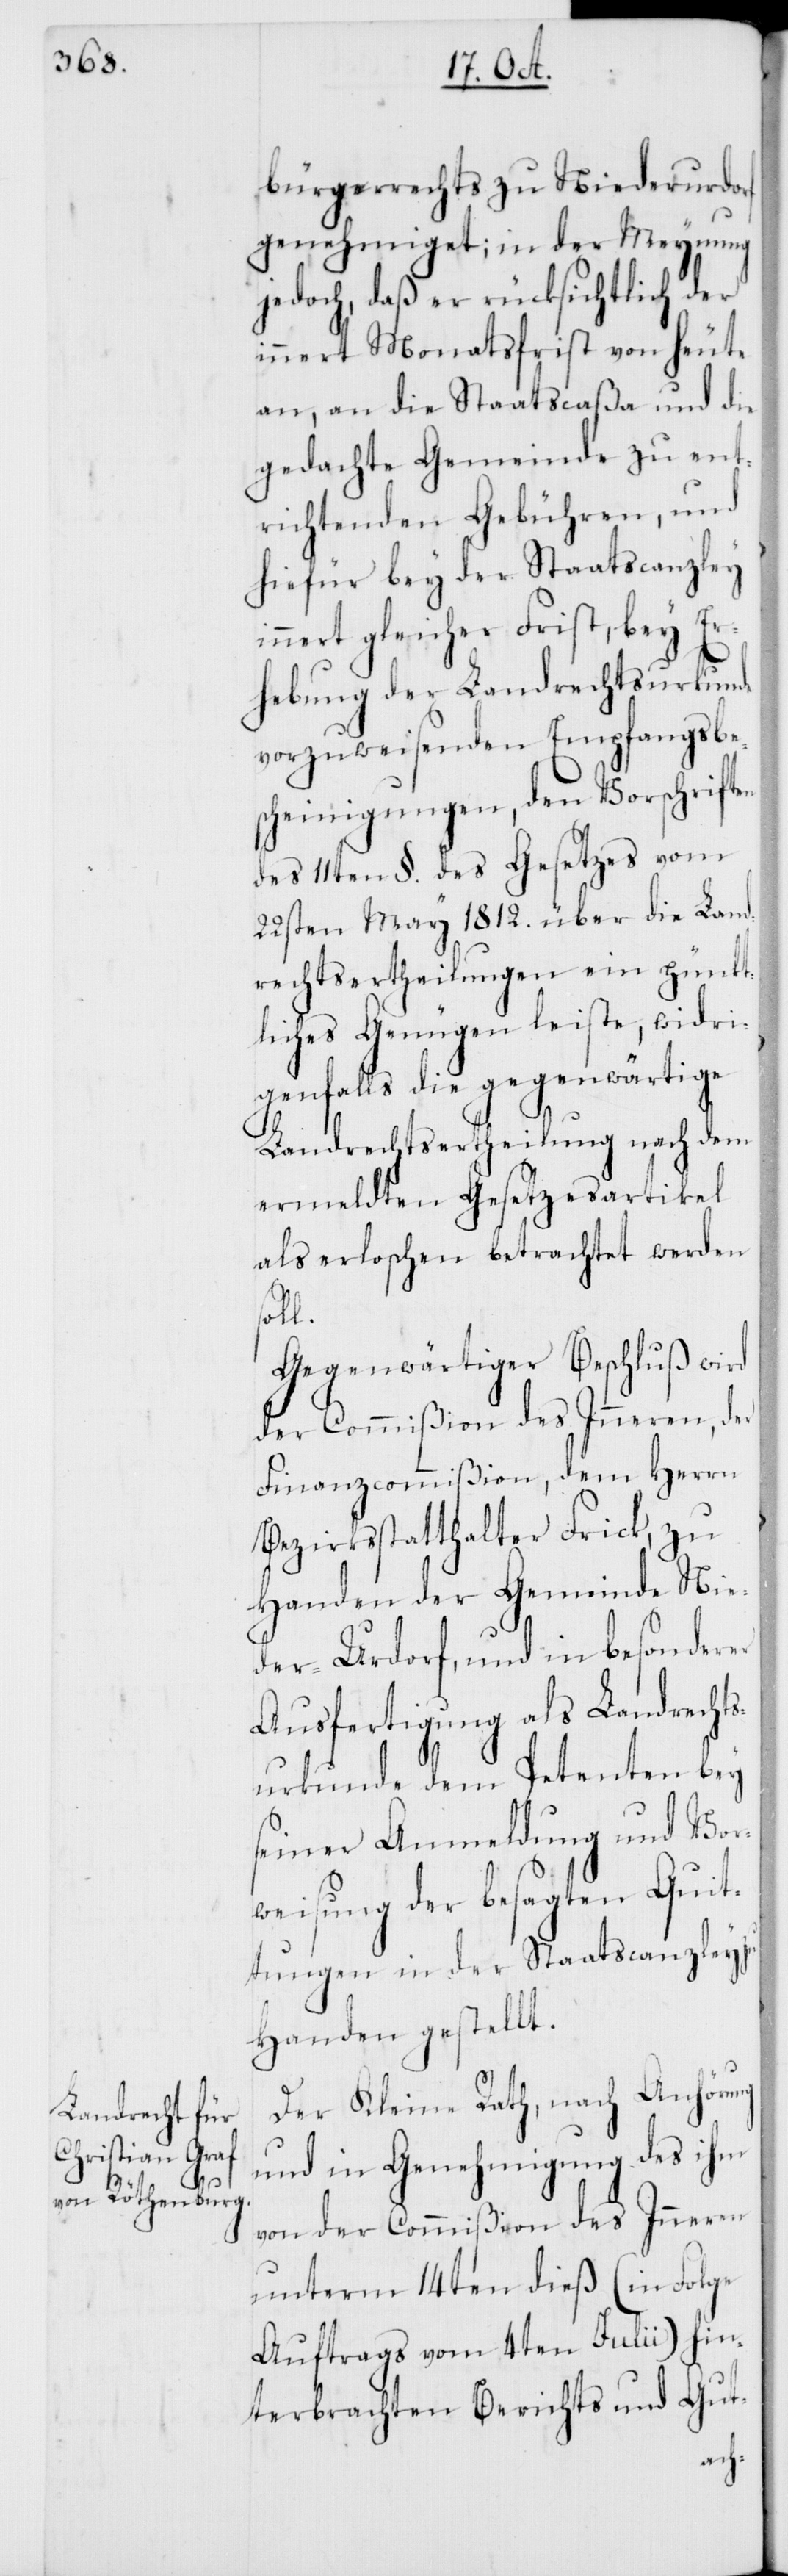
bürgerrechts zu Niederurdorf
genehmiget, in der Meynung
jedoch, daß er rücksichtlich der
innert Monatsfrist von heute
an, an die Staatscaßa und die
gedachte Gemeinde zu ent¬
richtenden Gebühren, und
hiefür bey der Staatscanzley
innert gleicher Frist, bey Er¬
hebung der Landrechtsurkunde
vorzuweisenden Empfangsbe¬
scheinigungen, den Vorschriften
des 11ten §. des Gesetzes vom
22sten May. 1812. über die Land¬
rechtsertheilungen ein pünkt¬
liches Genügen leiste, widri¬
genfalls die gegenwärtige
Landrechtsertheilung nach dem
ermeldten Gesetzesartikel
als erloschen betrachtet werden
l.
Gegenwärtiger Beschluß wird
der Commißion des Inneren, der
Finanzcommißion, dem Herrn
Bezirksstatthalter Frick, zu
Handen der Gemeinde Nie¬
der-Urdorf, und in besonderer
Ausfertigung als Landrechts¬
urkunde dem Petenten bey
seiner Anmeldung und Vor¬
weisung der besagten Quit¬
tungen in der Staatscanzley
Handen gestellt.
Der Kleine Rath, nach Anhörung
und in Genehmigung des ihm
von der Commißion des Inneren
unterm 14ten dieß (in Folge
Auftrags vom 4ten Julii) hin¬
terbrachten Berichts und Gut-